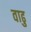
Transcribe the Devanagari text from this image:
वाढु